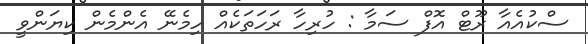
ސްކުއެއާ ރޫޓް އޮފް ސަމާ : ހުރިހާ ރަހަތަކެއް ހިމެނޭ އެންމެން ކިޔަންވީ